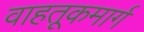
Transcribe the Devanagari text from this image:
वाहतूकमार्ग